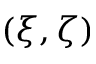
( \xi , \zeta )